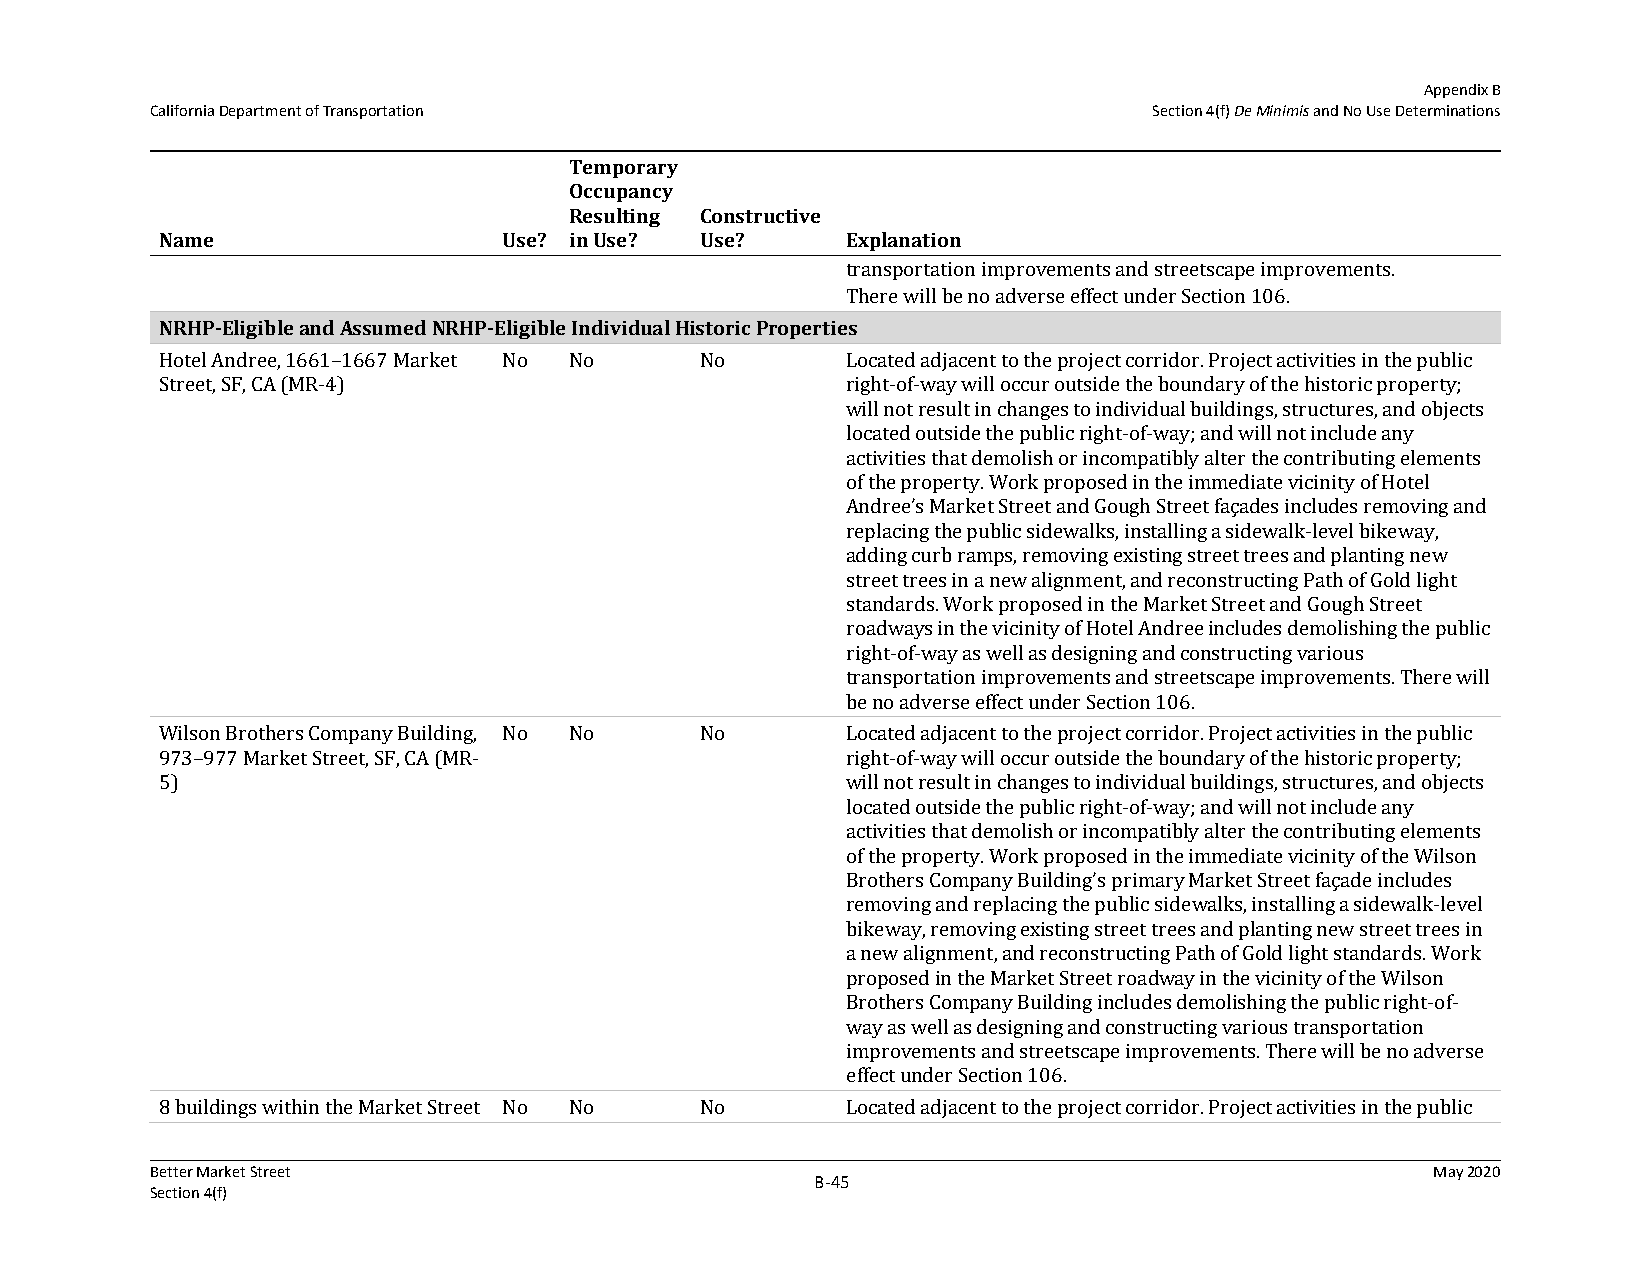
Appendix B
 California Department of Transportation                           Section 4(f) De Minimis and No Use Determinations
 Temporary
 Occupancy
 Resulting Constructive
 Name                  Use? in Use? Use?      Explanation
 transportation improvements and streetscape improvements.
 There will be no adverse effect under Section 106.
 NRHP‐Eligible and Assumed NRHP‐Eligible Individual Historic Properties
 Hotel Andree, 1661–1667 Market No No No      Located adjacent to the project corridor. Project activities in the public
 Street, SF, CA (MR-4)                        right-of-way will occur outside the boundary of the historic property;
 will not result in changes to individual buildings, structures, and objects
 located outside the public right-of-way; and will not include any
 activities that demolish or incompatibly alter the contributing elements
 of the property. Work proposed in the immediate vicinity of Hotel
 Andree’s Market Street and Gough Street façades includes removing and
 replacing the public sidewalks, installing a sidewalk-level bikeway,
 adding curb ramps, removing existing street trees and planting new
 street trees in a new alignment, and reconstructing Path of Gold light
 standards. Work proposed in the Market Street and Gough Street
 roadways in the vicinity of Hotel Andree includes demolishing the public
 right-of-way as well as designing and constructing various
 transportation improvements and streetscape improvements. There will
 be no adverse effect under Section 106.
 Wilson Brothers Company Building, No No No   Located adjacent to the project corridor. Project activities in the public
 973–977 Market Street, SF, CA (MR-           right-of-way will occur outside the boundary of the historic property;
 5)                                           will not result in changes to individual buildings, structures, and objects
 located outside the public right-of-way; and will not include any
 activities that demolish or incompatibly alter the contributing elements
 of the property. Work proposed in the immediate vicinity of the Wilson
 Brothers Company Building’s primary Market Street façade includes
 removing and replacing the public sidewalks, installing a sidewalk-level
 bikeway, removing existing street trees and planting new street trees in
 a new alignment, and reconstructing Path of Gold light standards. Work
 proposed in the Market Street roadway in the vicinity of the Wilson
 Brothers Company Building includes demolishing the public right-of-
 way as well as designing and constructing various transportation
 improvements and streetscape improvements. There will be no adverse
 effect under Section 106.
 8 buildings within the Market Street No No No Located adjacent to the project corridor. Project activities in the public
 Better Market Street                                                                 May 2020
 B‐45
 Section 4(f)